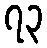
၇၃